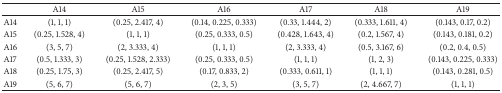
|  | A14 | A15 | A16 | A17 | A18 | A19 |
 | --- | --- | --- | --- | --- | --- | --- |
 | A14 | (1, 1, 1) | (0.25, 2.417, 4) | (0.14, 0.225, 0.333) | (0.33, 1.444, 2) | (0.333, 1.611, 4) | (0.143, 0.17, 0.2) |
 | A15 | (0.25, 1.528, 4) | (1, 1, 1) | (0.25, 0.333, 0.5) | (0.428, 1.643, 4) | (0.2, 1.567, 4) | (0.143, 0.181, 0.2) |
 | A16 | (3, 5, 7) | (2, 3.333, 4) | (1, 1, 1) | (2, 3.333, 4) | (0.5, 3.167, 6) | (0.2, 0.4, 0.5) |
 | A17 | (0.5, 1.333, 3) | (0.25, 1.528, 2.333) | (0.25, 0.333, 0.5) | (1, 1, 1) | (1, 2, 3) | (0.143, 0.225, 0.333) |
 | A18 | (0.25, 1.75, 3) | (0.25, 2.417, 5) | (0.17, 0.833, 2) | (0.333, 0.611, 1) | (1, 1, 1) | (0.143, 0.281, 0.5) |
 | A19 | (5, 6, 7) | (5, 6, 7) | (2, 3, 5) | (3, 5, 7) | (2, 4.667, 7) | (1, 1, 1) |